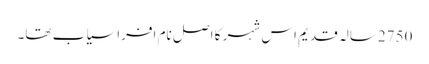
2750سالہ قدیم اس شہر کا اصل نام افراسیاب تھا۔